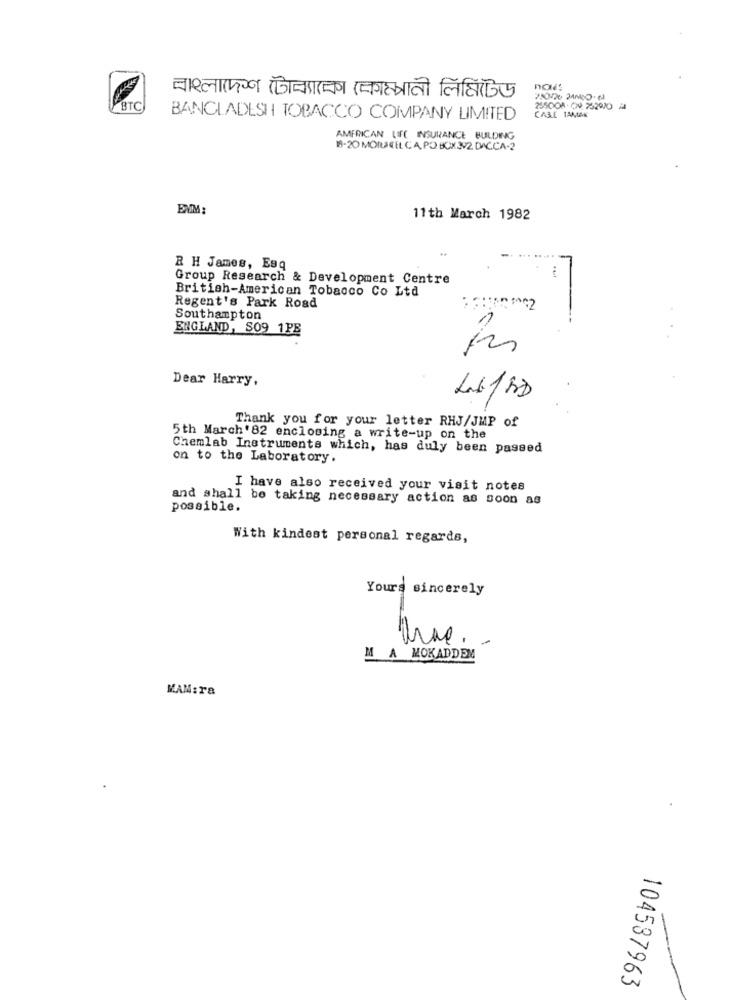
व्वारलारग्न रॉजानकारन्न (च्चगस्त्राली लिहि(ड
BTC
BANGLADESH TOBACCO COMPANY LIMITED
CABLE 15MAK
AMERICAN LIFE INSURANCE BUILDING
19-20 MOILEEL CA. PO BOX3V2. DACCA-2
EMM:
11th March 1982
R H James, Esq
Group Research & Development Centre
British-American Tobacco Co Ltd
Regent's Park Road
Southampton
ENGLAND, SO9 1PB
Dear Harry,
L6/BD
Thank you for your letter RHJ/JMP of
5th March'82 enclosing a write-up on the
Chemlab Instruments which, has duly been passed
on to the Laboratory.
I have also received your visit notes
and shall be taking necessary action as soon as
possible.
With kindest personal regards,
Yours sincerely
M A MOKADDEM
KAM:ra
104537963